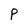
Character: P